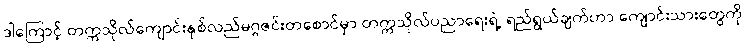
ဒါကြောင့် တက္ကသိုလ်ကျောင်းနှစ်လည်မဂ္ဂဇင်းတစောင်မှာ တက္ကသိုလ်ပညာရေးရဲ့ ရည်ရွယ်ချက်ဟာ ကျောင်းသားတွေကို